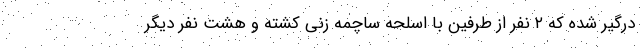
درگیر شده که ۲ نفر از طرفین با اسلحه ساچمه زنی کشته و هشت نفر دیگر